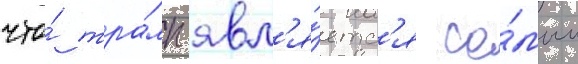
что́ тра́мп явл'я́етс'я са́мым